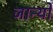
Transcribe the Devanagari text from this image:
जान्यो